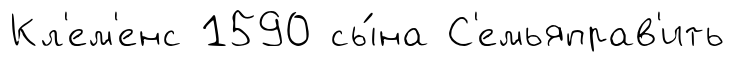
Кл'ем'енс 1590 сы́на С'емьяправ'ить